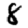
Digit: 8